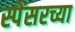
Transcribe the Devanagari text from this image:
स्पेंसरच्या